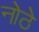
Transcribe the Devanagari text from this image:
नोठे